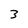
Character: 3